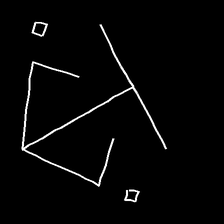
Glyph: earth